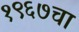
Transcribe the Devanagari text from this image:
१९६७चा